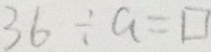
3 6 \div a = \square